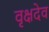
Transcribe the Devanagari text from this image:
वृक्षदेव